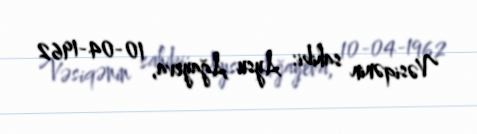
Vəsiqənin sahibi: Aysu Ağayeva, 10-04-1962